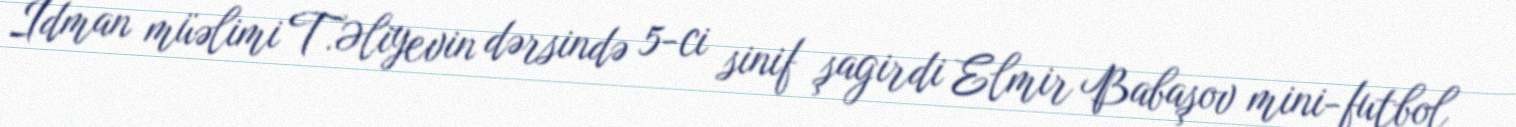
İdman müəlimi T.Əliyevin dərsində 5-ci sinif şagirdi Elmir Babaşov mini-futbol